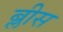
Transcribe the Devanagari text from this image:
ब्लीस